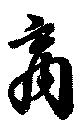
商